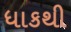
ધાકથી